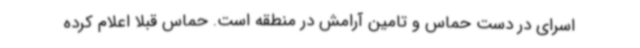
اسرای در دست حماس و تامین آرامش در منطقه است. حماس قبلا اعلام کرده